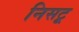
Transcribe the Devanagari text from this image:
निसटू